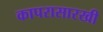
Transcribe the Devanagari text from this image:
कापरासारखी